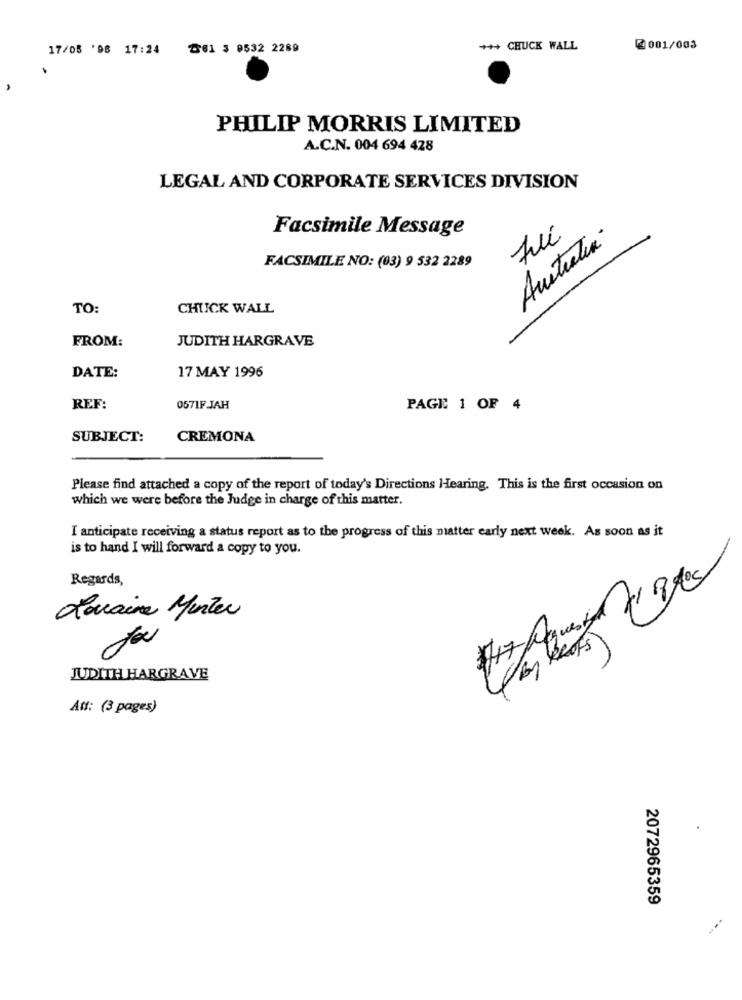
17/05 '08 17:24 261 3 0532 2289
+++ CHUCK WALL
@ 001/003
PHILIP MORRIS LIMITED
A.C.N. 004 694 428
LEGAL AND CORPORATE SERVICES DIVISION
Facsimile Message
Australia
Fui
FACSIMILE NO: (03) 9 532 2289
TO:
CHUCK WALL
FROM:
JUDITH HARGRAVE
17 MAY 1996
DATE:
REF:
0571FJAH
PAGE 1 OF 4
SUBJECT:
CREMONA
Please find attached a copy of the report of today's Directions Hearing. This is the first occasion on
which we were before the Judge in charge of this matter.
I anticipate receiving a status report as to the progress of this matter early next week. As soon as it
is to hand I will forward a copy to you.
Regards,
Lavaine Menter
JUDITH HARGRAVE
Att: (3 pages)
2072965359